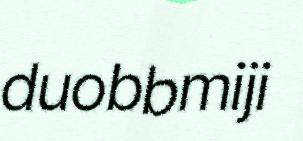
duobbmiji